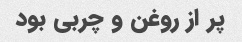
پر از روغن و چربی بود